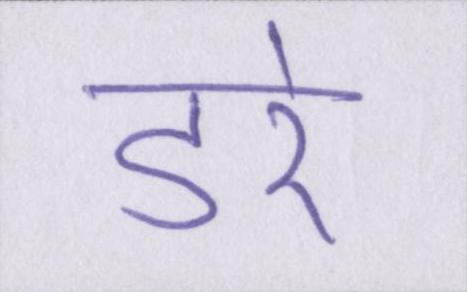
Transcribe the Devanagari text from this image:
डरे